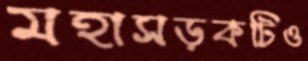
মহাসড়কটিও